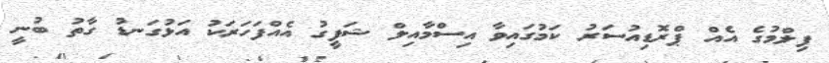
ފިލްމުގެ އެއް ޕްރޮޑިއުސަރު ކަމުގައިވާ އިސްމާއިލް ޝަފީގު އެއްފަހަރަކު އަޅުގަނޑު ގާތު ބުނީ